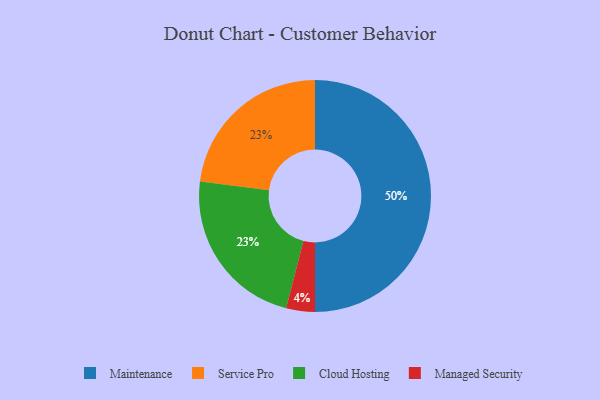
{"axis": {"x": "Category", "y": "Percentage"}, "legend": ["Cloud Hosting", "Maintenance", "Managed Security", "Service Pro"], "data": [{"x": "Service Pro", "y": 23, "type": "Service Pro"}, {"x": "Managed Security", "y": 4, "type": "Managed Security"}, {"x": "Cloud Hosting", "y": 23, "type": "Cloud Hosting"}, {"x": "Maintenance", "y": 50, "type": "Maintenance"}]}